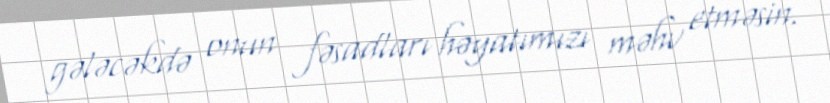
gələcəkdə onun fəsadları həyatımızı məhv etməsin.